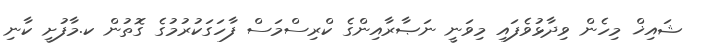
ޝައިޚް މިހެން ވިދާޅުވެފައި މިވަނީ ނަޞާރާއިންގެ ކްރިސްމަސް ފާހަގަކުރުމުގެ ގޮތުން ކ.މާފުށީ ކާނި